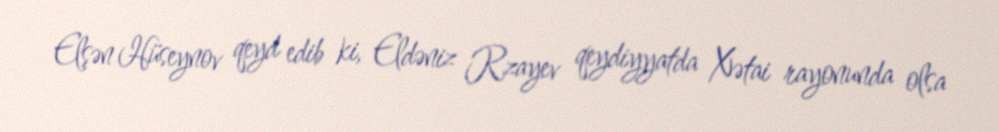
Elşən Hüseynov qeyd edib ki, Eldəniz Rzayev qeydiyyatda Xətai rayonunda olsa